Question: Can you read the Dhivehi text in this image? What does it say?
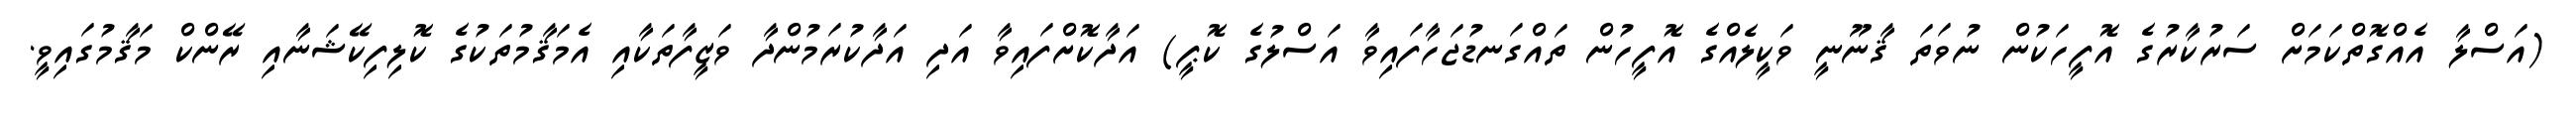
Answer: (އަސްލާ އެއްގޮތްކަމަށް ސަރުކާރުގެ އޮފީހަކުން ނުވަތަ ޤާނޫނީ ވަކީލެއްގެ އޮފީހުން ތައްގަނޑުޖަހާފައިވާ އަސްލުގެ ކޮޕީ) އަދާކޮށްފައިވާ އަދި އަދާކުރަމުންދާ ވަޒީފާތަކާއި އެމަޤާމުތަކުގެ ކޮލިފިކޭޝަނާއި ރޭންކް މަޤާމުގައިވީ.